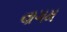
વાગમ